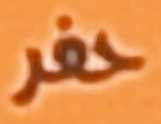
حفر